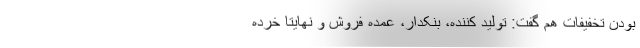
بودن تخفیفات هم گفت: تولید کننده، بنکدار، عمده فروش و نهایتا خرده